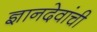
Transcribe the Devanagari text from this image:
ज्ञानदेवांची